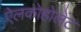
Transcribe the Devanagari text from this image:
ऐलकोहोलेंट